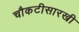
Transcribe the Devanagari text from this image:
चौकटीसारखी